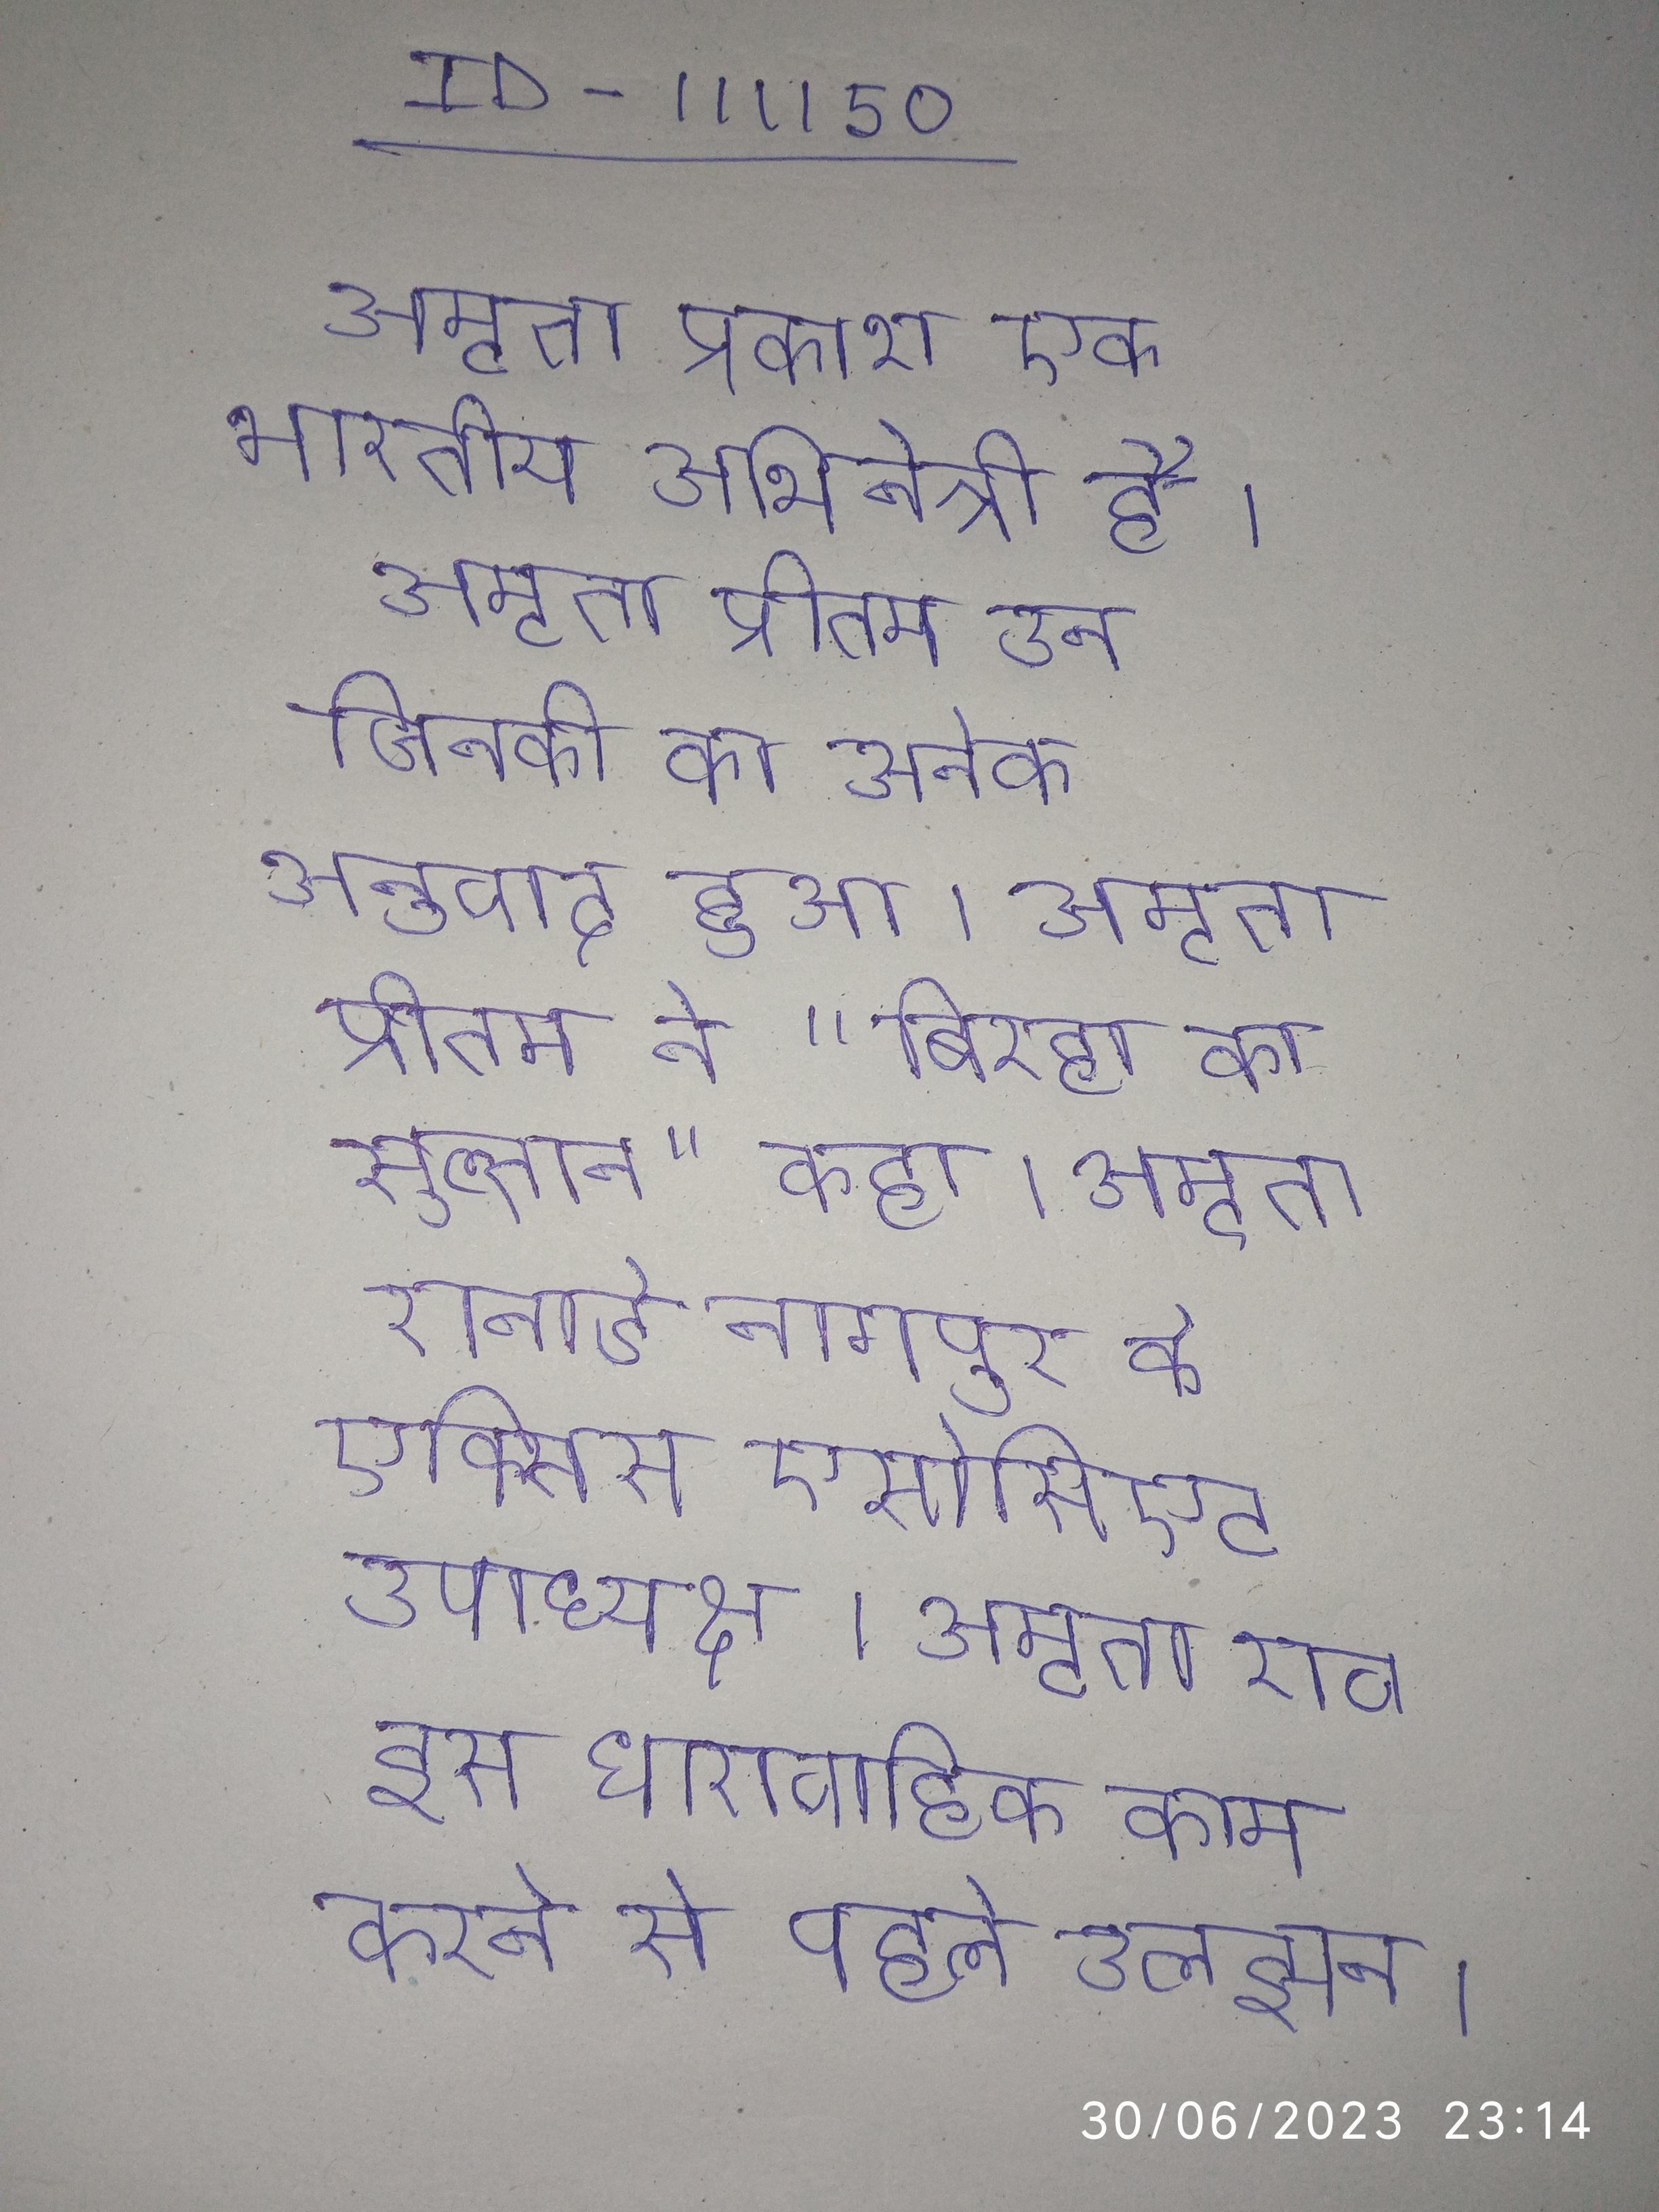
अमृता प्रकाश एक भारतीय अभिनेत्री है । अमृता प्रीतम उन जिनकी का अनेक अनुवाद हुआ । अमृता प्रीतम ने "बिरहा का सुल्तान" कहा । अमृता भी करती है . अमृता रानाडे नागपुर के एक्सिस एसोसिएट उपाध्यक्ष । अमृता राव इस धारावाहिक काम करने से पहले उलझन ।